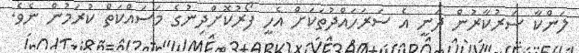
ލަންކާ ސަރުކާރުން ދަނީ އެ ސަރަހައްދުތަކަށް އެހީ ފޯރުކޮށްދިނުުގެ މަސައްކަތް ކުރަމުން ނެވެ.